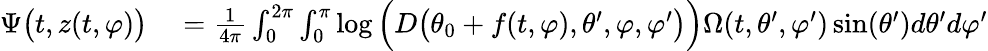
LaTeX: \begin{array}{rl}{\Psi\big(t,z(t,\varphi)\big)}&{{}=\frac{1}{4\pi}\int_{0}^{2\pi}\int_{0}^{\pi}\log\Big(D\big(\theta_{0}+f(t,\varphi),\theta^{\prime},\varphi,\varphi^{\prime}\big)\Big)\Omega(t,\theta^{\prime},\varphi^{\prime})\sin(\theta^{\prime})d\theta^{\prime}d\varphi^{\prime}}\end{array}